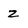
Character: Z